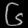
Digit: ၆